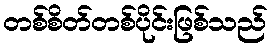
တစ်စိတ်တစ်ပိုင်းဖြစ်သည်